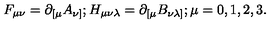
F _ { \mu \nu } = \partial _ { [ \mu } A _ { \nu ] } ; H _ { \mu \nu \lambda } = \partial _ { [ \mu } B _ { \nu \lambda ] } ; \mu = 0 , 1 , 2 , 3 .